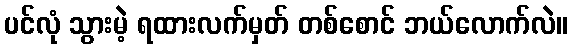
ပင်လုံ သွားမဲ့ ရထားလက်မှတ် တစ်စောင် ဘယ်လောက်လဲ။